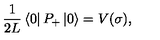
{ \frac { 1 } { 2 L } } \left\langle 0 \right\vert P _ { + } \left\vert 0 \right\rangle = V ( \sigma ) ,